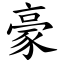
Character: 豪